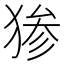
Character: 𬌷